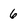
Character: 6